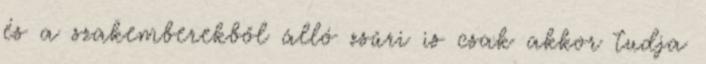
és a szakemberekből álló zsűri is csak akkor tudja